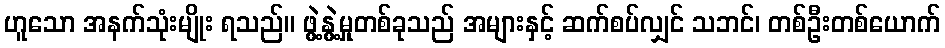
ဟူသော အနက်သုံးမျိုး ရသည်။ ဖွဲ့နွဲ့မှုတစ်ခုသည် အများနှင့် ဆက်စပ်လျှင် သဘင်၊ တစ်ဦးတစ်ယောက်